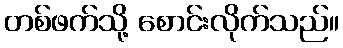
တစ်ဖက်သို့ စောင်းလိုက်သည်။